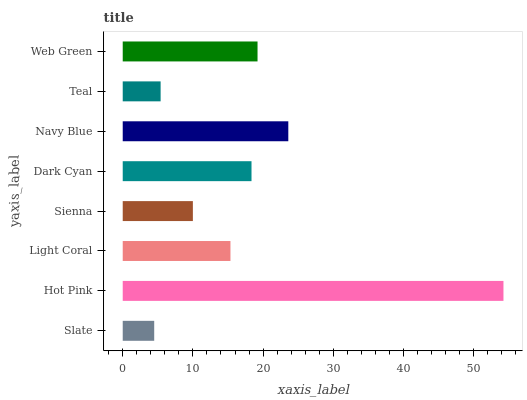
| yaxis_label | bars |
 | --- | --- |
 | Slate | 4.49 |
 | Hot Pink | 54.3 |
 | Light Coral | 15.4 |
 | Sienna | 10 |
 | Dark Cyan | 18.4 |
 | Navy Blue | 23.6 |
 | Teal | 5.4 |
 | Web Green | 19.2 |